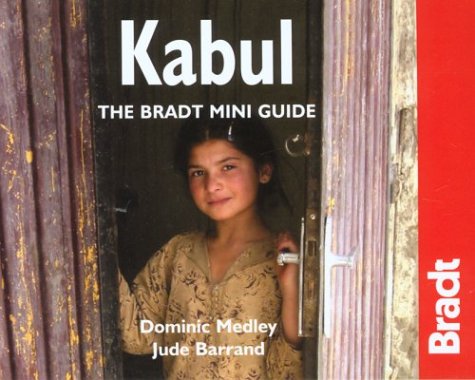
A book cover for Kabul: The Bradt Miniguide; Dominic Medley; Travel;